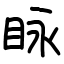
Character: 眿